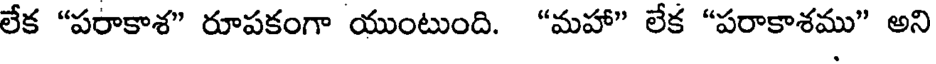
లేక "పరాకాశ" రూపకంగా యుంటుంది. "మహా" లేక "పరాకాశము" అని